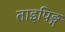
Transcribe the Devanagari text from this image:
ताइपिङ्ग